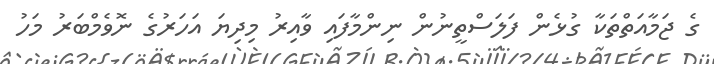
ގެ ޖަމާއަތްތަކާ ގުޅެން ފަލަސްތީނުން ނިންމާފައި ވާއިރު މިދިޔަ އަހަރުގެ ނޮވެމްބަރު މަހު